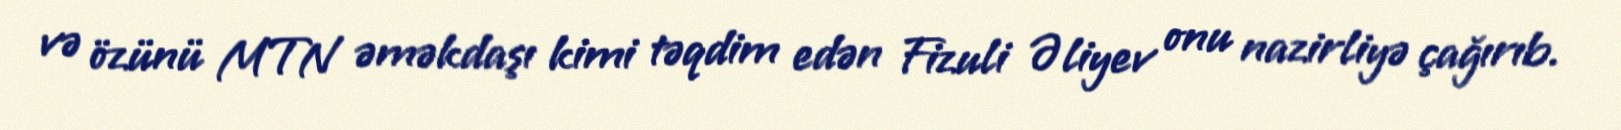
və özünü MTN əməkdaşı kimi təqdim edən Fizuli Əliyev onu nazirliyə çağırıb.